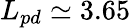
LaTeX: L_{pd}\simeq 3.65